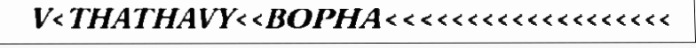
V<THATHAVY<<BOPHA<<<<<<<<<<<<<<<<<<<